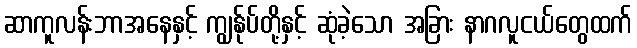
ဆာကူလန်းဘာအနေနှင့် ကျွန်ုပ်တို့နှင့် ဆုံခဲ့သော အခြား နာဂလူငယ်တွေထက်